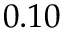
0 . 1 0